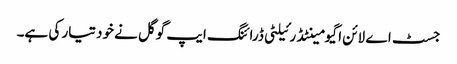
جسٹ اے لائن اگیومینٹڈ رئیلٹی ڈرائنگ ایپ گوگل نے خود تیار کی ہے۔